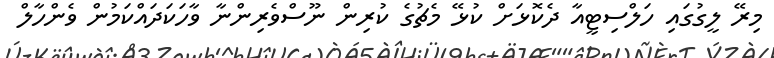
މިރޭ ލީގުގައި ހަލްސިޓީއާ ދެކޮޅަށް ކުޅޭ މެޗުގެ ކުރިން ނޫސްވެރިންނާ ވާހަކަދައްކަމުން ވެންހާލް